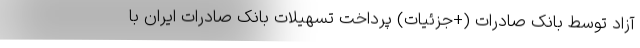
آزاد توسط بانک صادرات (+جزئیات) پرداخت تسهیلات بانک صادرات ایران با